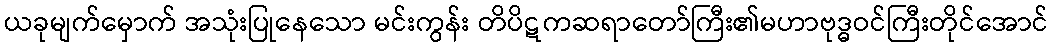
ယခုမျက်မှောက် အသုံးပြုနေသော မင်းကွန်း တိပိဋကဆရာတော်ကြီး၏မဟာဗုဒ္ဓဝင်ကြီးတိုင်အောင်